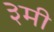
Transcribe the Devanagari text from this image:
३मी